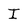
Character: I